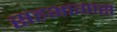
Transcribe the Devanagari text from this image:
सहभागास